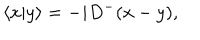
\langle x \vert y \rangle = - i D ^ { - } ( x - y ) ,